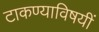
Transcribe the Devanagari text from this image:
टाकण्याविषयीं